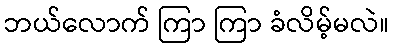
ဘယ်လောက် ကြာ ကြာ ခံလိမ့်မလဲ။